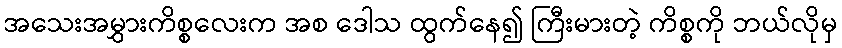
အသေးအမွှားကိစ္စလေးက အစ ဒေါသ ထွက်နေ၍ ကြီးမားတဲ့ ကိစ္စကို ဘယ်လိုမှ